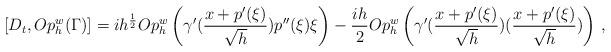
LaTeX: \begin{align*}[D_t,Op_h^w(\Gamma)]= i h^{\frac{1}{2}}Op_h^w\left(\gamma'(\frac{x+p'(\xi)}{\sqrt{h}})p''(\xi)\xi\right) - \frac{ih}{2}Op_h^w\left(\gamma'(\frac{x+p'(\xi)}{\sqrt{h}})(\frac{x+p'(\xi)}{\sqrt{h}})\right)\,,\end{align*}